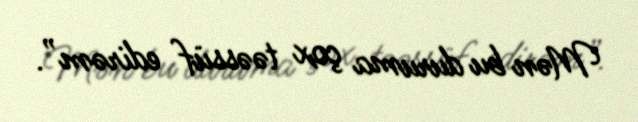
Mən bu duruma çox təəssüf edirəm”.